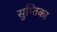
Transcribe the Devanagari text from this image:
सुप्तिका